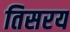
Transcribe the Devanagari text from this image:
तिसरय